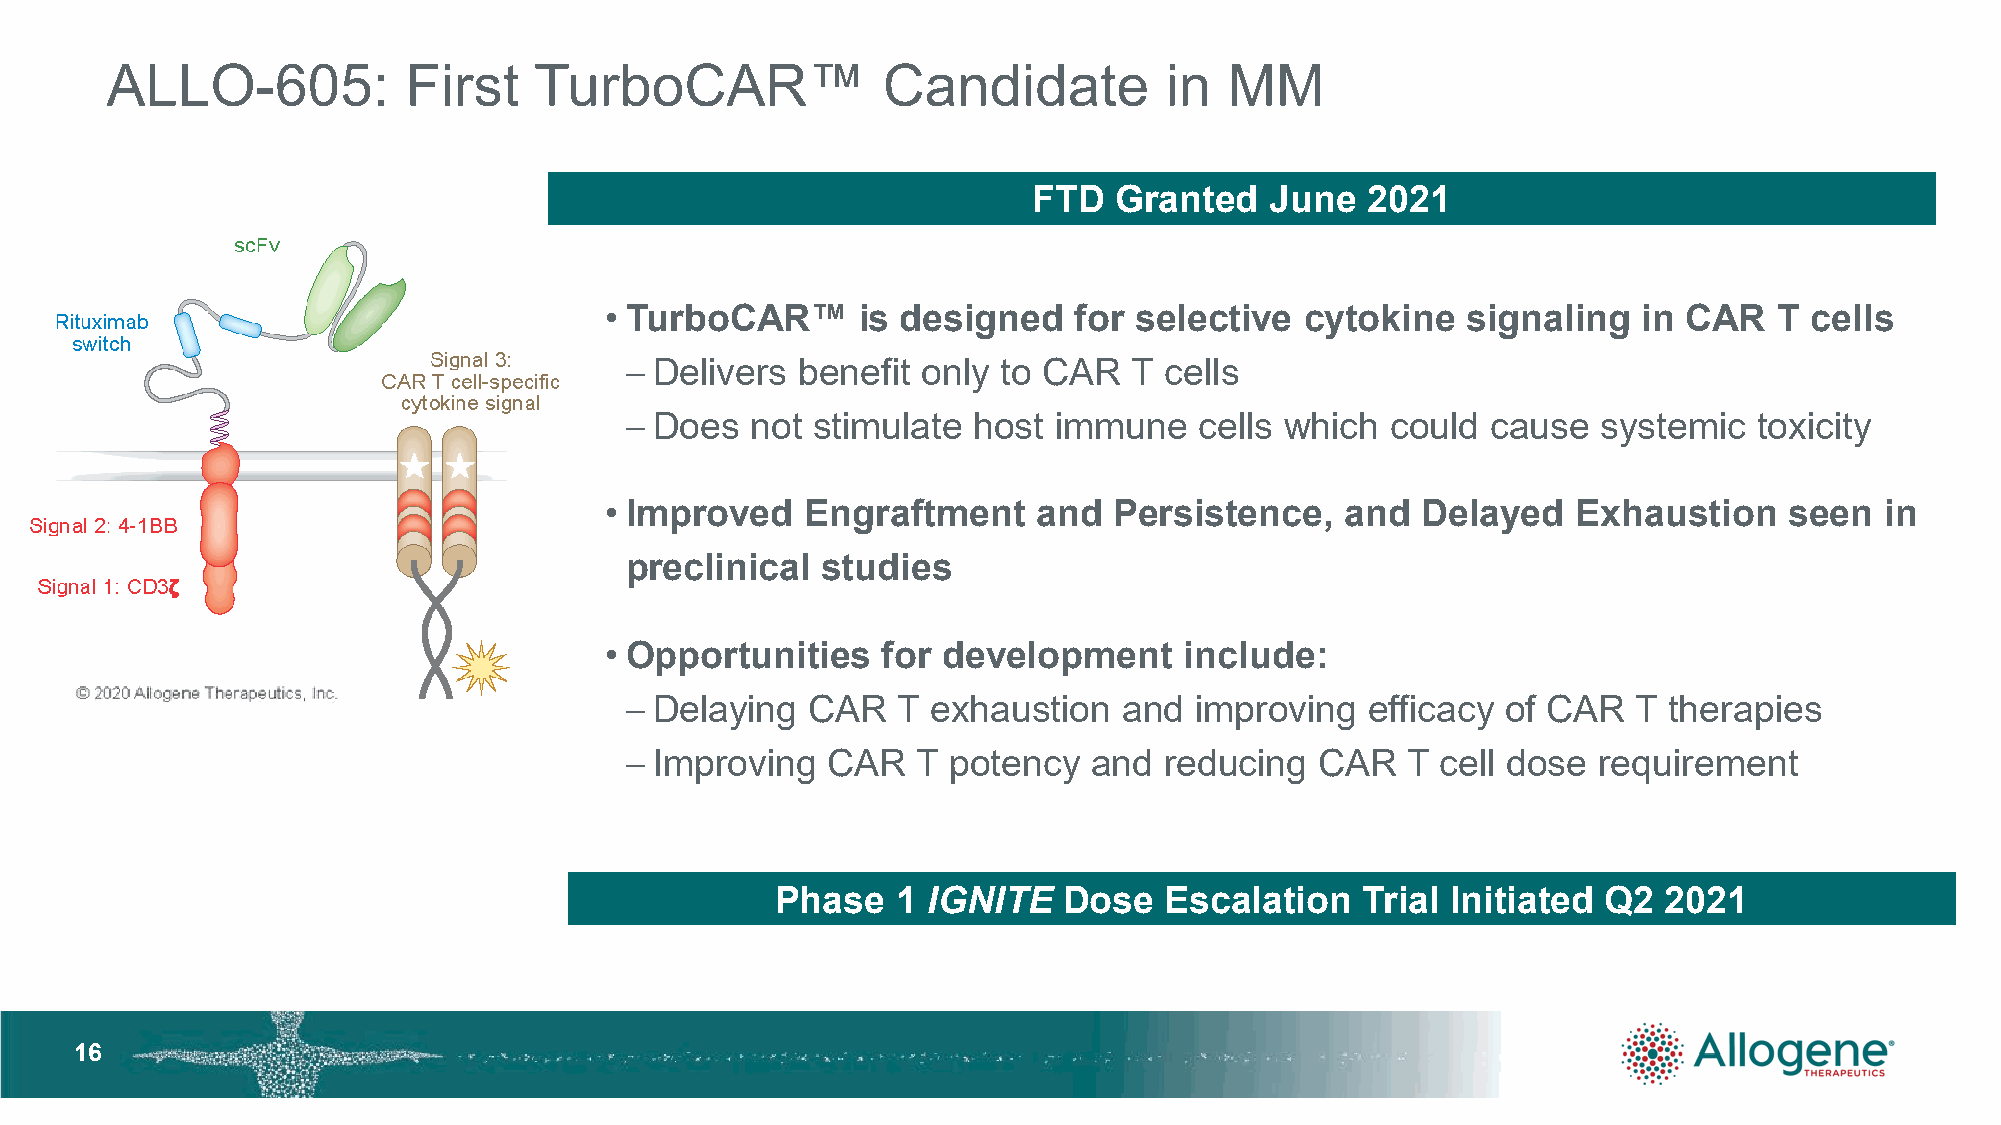
ALLO-605:           First   TurboCAR™              Candidate          in  MM
 FTD   Granted   June   2021
 • TurboCAR™      is designed   for selective  cytokine   signaling   in CAR   T cells
 – Delivers  benefit only to CAR   T cells
 – Does   not stimulate host  immune   cells which  could  cause  systemic  toxicity
 • Improved   Engraftment     and  Persistence,   and  Delayed   Exhaustion    seen   in
 preclinical  studies
 • Opportunities   for development     include:
 – Delaying   CAR  T  exhaustion  and  improving   efficacy of CAR  T therapies
 – Improving   CAR   T potency  and  reducing  CAR   T cell dose  requirement
 Phase   1 IGNITE   Dose   Escalation   Trial Initiated Q2  2021
 1166